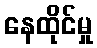
နေထိုင်မှု